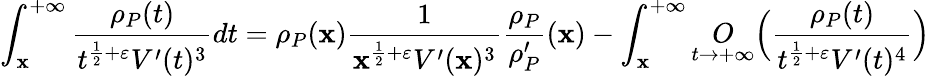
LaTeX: \int_{\mathbf{x}}^{+\infty}\frac{{\rho_{P}(t)}}{{t^{\frac{{1}}{{2}}+\varepsilon}V^{\prime}(t)^{3}}}dt=\rho_{P}(\mathbf{x})\frac{{1}}{{\mathbf{x}^{\frac{{1}}{{2}}+\varepsilon}V^{\prime}(\mathbf{x})^{3}}}\frac{{\rho_{P}}}{{\rho_{P}^{\prime}}}(\mathbf{x})-\int_{\mathbf{x}}^{+\infty}\underset{t\rightarrow+\infty}{O}\Big(\frac{{\rho_{P}(t)}}{{t^{\frac{{1}}{{2}}+\varepsilon}V^{\prime}(t)^{4}}}\Big)